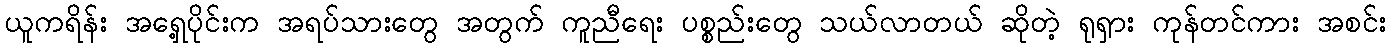
ယူကရိန်း အရှေ့ပိုင်းက အရပ်သားတွေ အတွက် ကူညီရေး ပစ္စည်းတွေ သယ်လာတယ် ဆိုတဲ့ ရုရှား ကုန်တင်ကား အစင်း